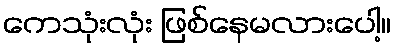
ကေသုံးလုံး ဖြစ်နေမလားပေါ့။